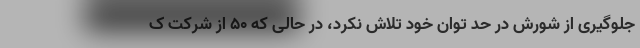
جلوگیری از شورش در حد توان خود تلاش نکرد، در حالی که 50 از شرکت ک